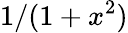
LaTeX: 1/(1+x^{2})